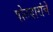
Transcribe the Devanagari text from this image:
पोतदारांचे